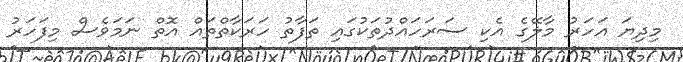
މިދިޔަ އަހަރު މާލޭގެ އެކި ސަރަހައްދުތަކުގައި ތަފާތު ހަރަކާތްތައް އޮތް ނަމަވެސް މިފަހަރު